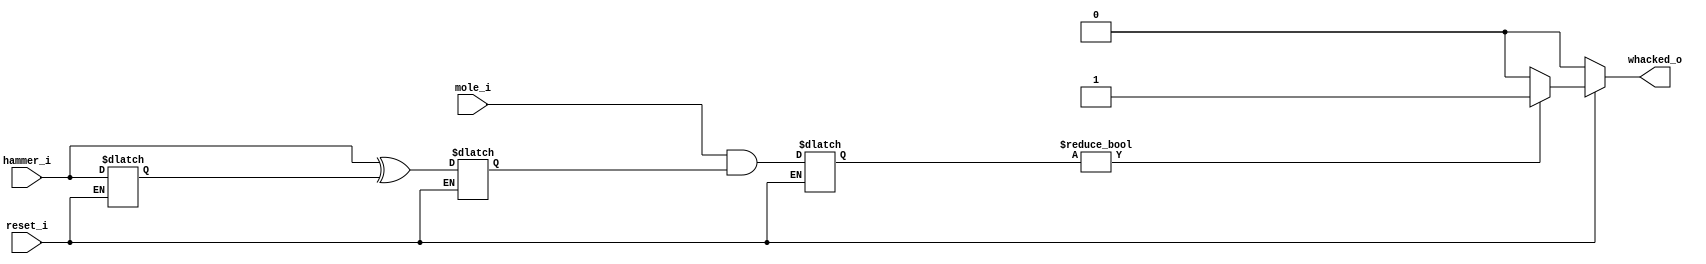
module WhackHandler(
    input reset_i,
    input [15:0]mole_i,
    input [15:0]hammer_i,
    output reg whacked_o
    );
    
    reg [15:0]prev_hammer_int;
    reg [15:0]strikes_int;
    reg [15:0]hits_int;
    
    always @ (*) begin
        if (reset_i == 0) whacked_o = 1'b0;
        else begin
            strikes_int <= hammer_i ^ prev_hammer_int;
            prev_hammer_int <= hammer_i;
            hits_int <= mole_i & strikes_int;
            if (hits_int != 16'b0) whacked_o = 1'b1;
            else whacked_o = 1'b0;
        end //else
    end //always
endmodule